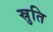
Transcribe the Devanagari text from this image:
स्रुति